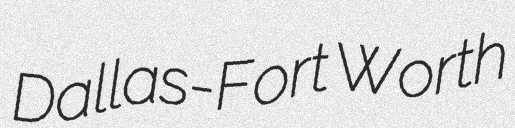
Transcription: Dallas-Fort Worth